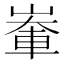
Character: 輋